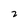
Character: 2